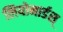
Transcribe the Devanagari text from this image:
लियोनार्डस्